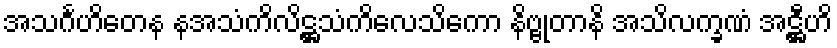
အသင်္ဂဟိတေန နအသံကိလိဋ္ဌသံကိလေသိကော နိဗ္ဗုတာနိ အသိလက္ခဏံ အဋ္ဌီဟိ